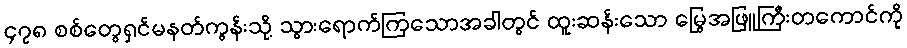
၄၇၈ စစ်တွေရှင်မနတ်ကွန်းသို့ သွားရောက်ကြသောအခါတွင် ထူးဆန်းသော မြွေအဖြူကြီးတကောင်ကို